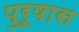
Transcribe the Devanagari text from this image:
पुरूषास